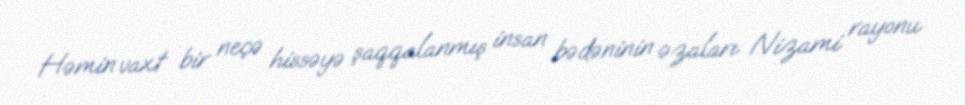
Həmin vaxt bir neçə hissəyə şaqqalanmış insan bədəninin əzaları Nizami rayonu